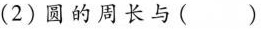
(2)圆的周长与( )